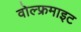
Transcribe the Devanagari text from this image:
वोल्फ्रमाइट